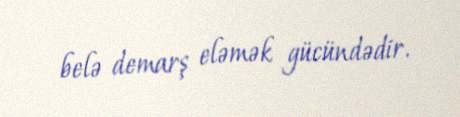
belə demarş eləmək gücündədir.